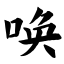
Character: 唤